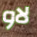
لاو